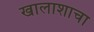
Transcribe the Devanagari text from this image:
खालाशाचा